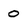
Character: 0